Medical and sanitary report on the native army of Bombay for the year
Year: 1877
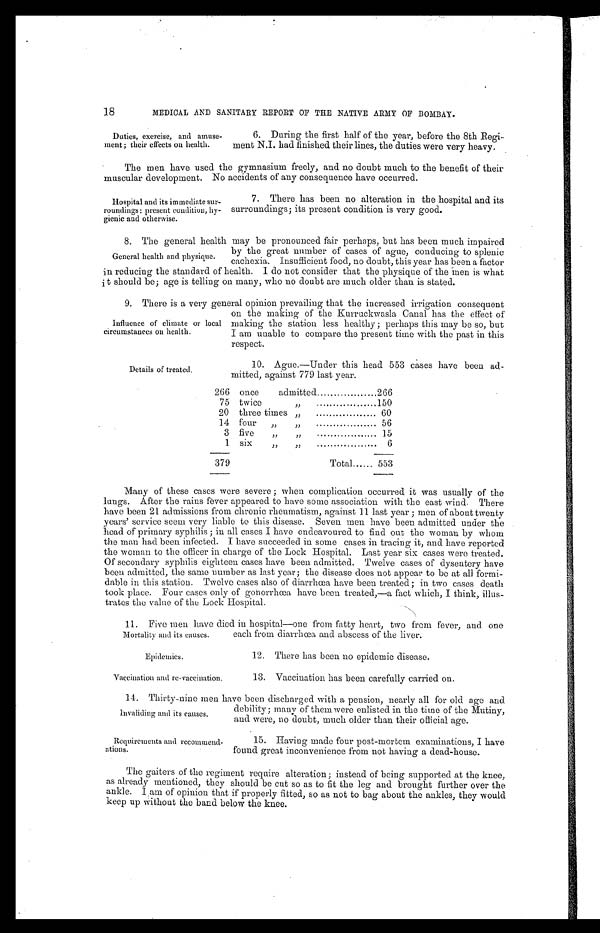
11. Five men have died in hospital—one from fatty heart, two from fever, and one
each from diarrhœa and abscess of the liver.
Mortality and its causes.
18
MEDICAL AND SANITARY REPORT OF THE NATIVE ARMY OF BOMBAY.
Duties, exercise, and amuse-
ment; their effects on health.
6. During the first half of the year, before the 8th Regi-
ment N. I. had finished their lines, the duties were very heavy.
The men have used the gymnasium freely, and no doubt much to the benefit of their
muscular development. No accidents of any consequence have occurred.
Hospital and its immediate sur-
roundings: present condition, hy-
gienic and otherwise.
7. There has been no alteration in the hospital and its
surroundings; its present condition is very good.
8. The general health may be pronounced fair perhaps, but has been much impaired
by the great number of cases of ague, conducing to splenic
cachexia. Insufficient food, no doubt, this year has been a factor
in reducing the standard of health. I do not consider that the physique of the men is what
t should be; age is telling on many, who no doubt are much older than is stated.
9. There is a very general opinion prevailing that the increased irrigation consequent
on the making of the Kurruckwasla Canal has the effect of
making the station less healthy; perhaps this may be so, but
I am unable to compare the present time with the past in this
respect.
General health and physique.
Influence of climate or local
circumstances on health.
Details of treated.
10. Ague.—Under this head 553 cases have been ad-
mitted, against 779 last year.
266 once
admitted
266
75 twice
, ,
1 5 0
20 three times , ,
60
14 four
, ,
, ,
56
3 five
, ,
, ,
15
1 six
, ,
, ,
6
379
Total...... 553
Many of these cases were severe ; when complication occurred it was usually of the
lungs. After the rains fever appeared to have some association with the east wind. There
have been 21 admissions from chronic rheumatism, against 11 last year ; men of about twenty
years' service seem very liable to this disease. Seven men have been admitted under the
head of primary syphilis ; in all cases I have endeavoured to find out the woman by whom
the man had been infected. I have succeeded in some cases in tracing it, and have reported
the woman to the officer in charge of the Lock Hospital. Last year six cases were treated.
Of secondary syphilis eighteen cases have been admitted. Twelve cases of dysentery have
been admitted, the same number as last year; the disease does not appear to be at all formi-
dable in this station. Twelve cases also of diarrhœa have been treated; in two cases death
took place. Four cases only of gonorrhœa have been treated,—a fact which, I think, illus-
trates the value of the Lock Hospital.
Epidemics.
Vaccination and re-vaccination.
12. There has been no epidemic disease.
13. Vaccination has been carefully carried on.
1 4 . T h i r t y - n i n e m e
n h
a v e b e e n d i s c h a r g e d w i t h a p e n s i o n , n e a r l y a l l f o r o l d a g e a n d
ebility; many of them were enlisted in the time of the Mutiny,
and were, no doubt, much older than their official age.
Invaliding and its causes.
Requirements and recommend-
ations.
15. Having made four post-mortem examinations, I have
found great inconvenience from not having a dead-house.
The gaiters of the regiment require alteration; instead of being supported at the knee,
as already mentioned, they should be cut so as to fit the leg and brought further over the
ankle. I am of opinion that if properly fitted, so as not to bag about the ankles, they would
keep up Without the band below the knee.